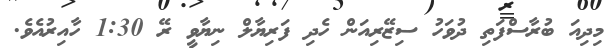
މިދިއަ ބުރާސްފަތި ދުވަހު ސިޒޭރިއަން ހެދި ފަރިޔާލް ނިޔާވީ ރޭ 1:30 ހާއިރުއެވެ.